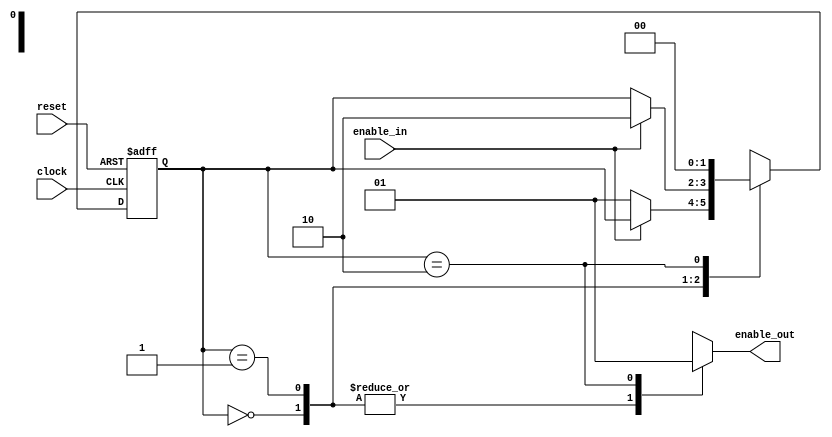
module keypressed(clock, reset, enable_in, enable_out);
	input clock;			
	input	reset;			
	input enable_in;		
	output enable_out;	
	reg [1:0] key_state, next_key_state;
	reg enable_out;
	parameter [1:0] KEY_FREE = 2'b00, KEY_PRESSED = 2'b01, KEY_RELEASED = 2'b10;
	always @(posedge clock or negedge reset) begin
		if (reset == 1'b0)
			key_state <= KEY_FREE;
		else
			key_state <= next_key_state;
	end
	always @(key_state, enable_in) begin
		next_key_state = key_state;
		enable_out = 1'b0;
		case (key_state)
			KEY_FREE: begin
				if (enable_in == 1'b0)
					next_key_state = KEY_PRESSED;
			end
			KEY_PRESSED: begin
				if (enable_in == 1'b1)
					next_key_state = KEY_RELEASED;
			end
			KEY_RELEASED: begin
				enable_out = 1'b1;
				next_key_state = KEY_FREE;
			end
			default: begin
				next_key_state = 2'bxx;
				enable_out = 1'bx;
			end
		endcase
	end
endmodule